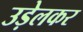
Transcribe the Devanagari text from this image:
उड़ेलकर